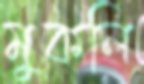
মুকলি